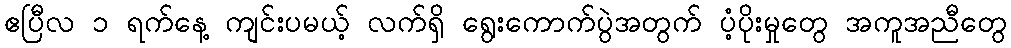
ဧပြီလ ၁ ရက်နေ့ ကျင်းပမယ့် လက်ရှိ ရွေးကောက်ပွဲအတွက် ပံ့ပိုးမှုတွေ အကူအညီတွေ